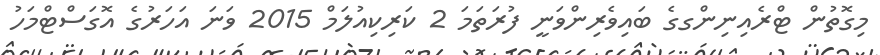
މިގޮތުން ޓްރެއިނިންގގެ ބައިވެރިންވަނީ ފުރަތަމަ 2 ކަރިކިއުލަމް 2015 ވަނަ އަހަރުގެ އޮގަސްޓްމަހު